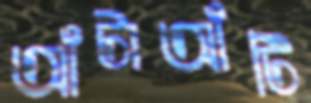
আঁটাআঁটি